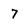
Character: 7